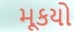
મૂકયો